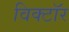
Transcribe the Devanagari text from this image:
विक्टॉर